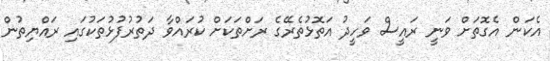
އެކަން އެގޮތަށް ވަނީ ރައީސް ވަހީދު އަތޮޅުތެރޭގެ ރަށްތަކަށް ކުރައްވާ ދަތުރުފުޅުތަކުގައި ރައްޔިތުން